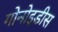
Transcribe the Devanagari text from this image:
गोनोइडीस